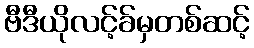
ဗီဒီယိုလင့်ခ်မှတစ်ဆင့်